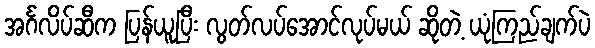
အင်္ဂလိပ်ဆီက ပြန်ယူပြီး လွတ်လပ်အောင်လုပ်မယ် ဆိုတဲ့ ယုံကြည်ချက်ပဲ